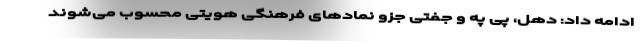
ادامه داد: دهل، پی په و جفتی جزو نمادهای فرهنگی هویتی محسوب می‌شوند